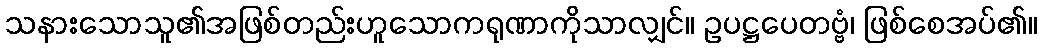
သနားသောသူ၏အဖြစ်တည်းဟူသောကရုဏာကိုသာလျှင်။ ဥပဋ္ဌပေတဗ္ဗံ၊ ဖြစ်စေအပ်၏။